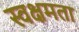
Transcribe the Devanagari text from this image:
स्वक्षमता